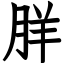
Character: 羘